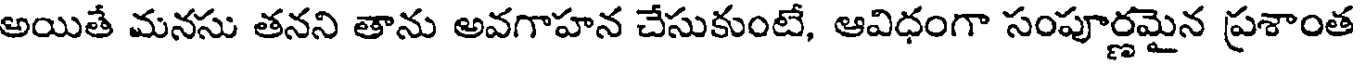
అయితే మనసు తనని తాను అవగాహన చేసుకుంటే, ఆవిధంగా సంపూర్ణమైన ప్రశాంత